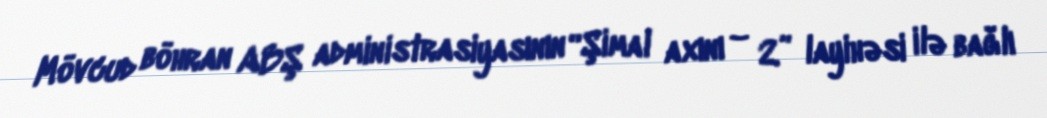
Mövcud böhran ABŞ administrasiyasının “Şimal axını – 2” layihəsi ilə bağlı